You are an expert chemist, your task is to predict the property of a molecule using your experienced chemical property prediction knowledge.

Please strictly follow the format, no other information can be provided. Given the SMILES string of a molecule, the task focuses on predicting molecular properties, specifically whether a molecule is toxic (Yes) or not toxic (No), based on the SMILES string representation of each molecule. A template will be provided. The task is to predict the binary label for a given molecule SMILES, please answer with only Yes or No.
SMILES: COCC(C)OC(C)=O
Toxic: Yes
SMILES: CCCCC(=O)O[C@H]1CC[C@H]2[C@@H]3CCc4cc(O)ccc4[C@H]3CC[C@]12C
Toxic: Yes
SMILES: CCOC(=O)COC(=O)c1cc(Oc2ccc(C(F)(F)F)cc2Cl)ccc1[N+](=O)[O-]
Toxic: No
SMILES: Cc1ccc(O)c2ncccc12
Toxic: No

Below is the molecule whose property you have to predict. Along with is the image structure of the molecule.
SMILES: COCN(COC)c1nc(N(COC)COC)nc(N(COC)COC)n1
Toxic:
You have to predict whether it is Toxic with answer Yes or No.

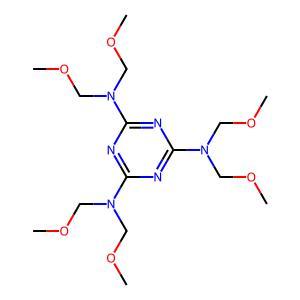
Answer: No